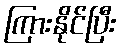
ကြားနိုင်ပြီး